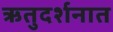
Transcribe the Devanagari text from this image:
ऋतुदर्शनात